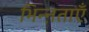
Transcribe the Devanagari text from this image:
भिन्ऩताएँ